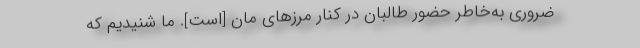
ضروری به‌خاطر حضور طالبان در کنار مرزهای مان [است]. ما شنیدیم که